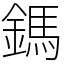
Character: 鎷